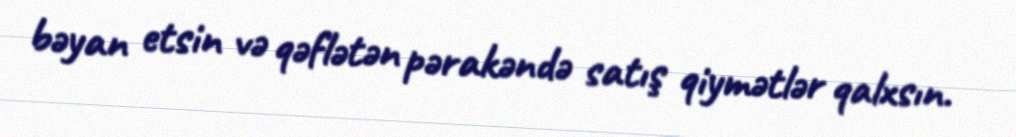
bəyan etsin və qəflətən pərakəndə satış qiymətlər qalxsın.